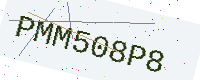
Text: PMM508P8